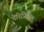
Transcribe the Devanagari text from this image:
पेरिपिकल